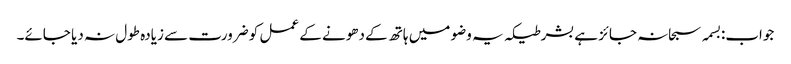
جواب:بسمہ سبحانہ جائز ہے بشرطیکہ یہ وضو میں ہاتھ کے دھونے کے عمل کو ضرورت سے زیادہ طول نہ دیا جائے۔